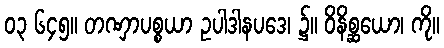
၀၃ ၆၄၅။ တဏှာပစ္စယာ ဥပါဒါနပဒေ၊ ၌။ ဝိနိစ္ဆယော၊ ကို။